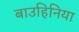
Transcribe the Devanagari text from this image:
बाउहिनिया